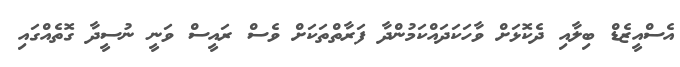
އެސްއީޒެޑް ބިލާއި ދެކޮޅަށް ވާހަކަދައްކަމުންދާ ފަރާތްތަކަށް ވެސް ރައީސް ވަނީ ނުސީދާ ގޮތެއްގައި